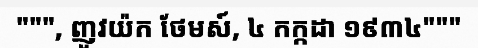
""", ញូវយ៉ក ថែមស៍, ៤ កក្កដា ១៩៣៤"""